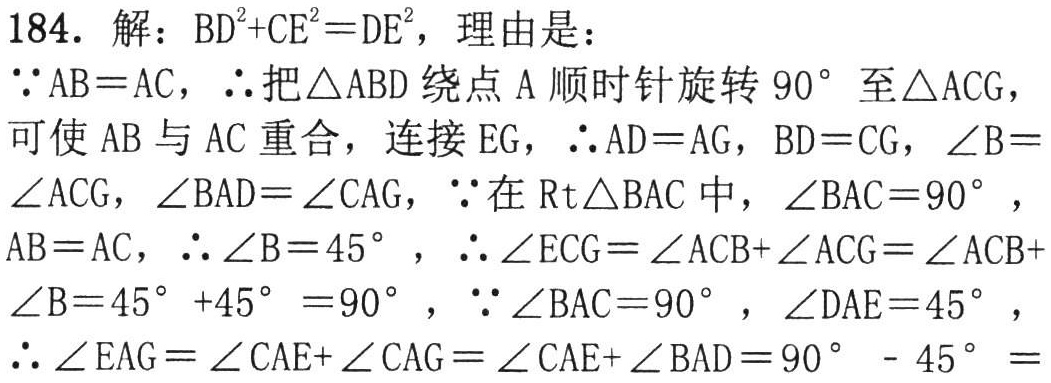
184. 解：\(BD^{2}+CE^{2}=DE^{2}\)，理由是：
\(\because AB = AC\)，\(\therefore\)把\(\triangle ABD\)绕点\(A\)顺时针旋转\(90^{\circ}\)至\(\triangle ACG\)，
可使\(AB\)与\(AC\)重合，连接\(EG\)，\(\therefore AD = AG\)，\(BD = CG\)，\(\angle B=\)
\(\angle ACG\)，\(\angle BAD=\angle CAG\)，\(\because\)在\(Rt\triangle BAC\)中，\(\angle BAC = 90^{\circ}\)，
\(AB = AC\)，\(\therefore\angle B = 45^{\circ}\)，\(\therefore\angle ECG=\angle ACB+\angle ACG=\angle ACB+\)
\(\angle B = 45^{\circ}+45^{\circ}=90^{\circ}\)，\(\because\angle BAC = 90^{\circ}\)，\(\angle DAE = 45^{\circ}\)，
\(\therefore\angle EAG=\angle CAE+\angle CAG=\angle CAE+\angle BAD=90^{\circ}-45^{\circ}=\)